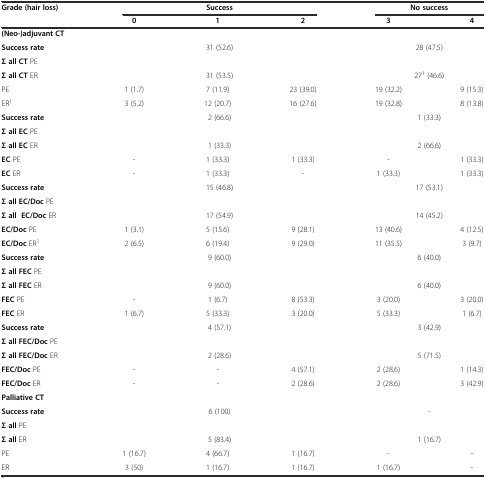
<table><thead><tr><td><b>Grade (hair loss)</b></td><td colspan="3"><b>Success</b></td><td colspan="2"><b>No success</b></td></tr><tr><td></td><td><b>0</b></td><td><b>1</b></td><td><b>2</b></td><td><b>3</b></td><td><b>4</b></td></tr></thead><tbody><tr><td><b>(Neo-)adjuvant CT</b></td><td colspan="3"></td><td colspan="2"></td></tr><tr><td><b>Success rate</b></td><td rowspan="2" colspan="3">31 (52.6)</td><td rowspan="2" colspan="2">28 (47.5)</td></tr><tr><td><b>Σ all CT</b> PE</td></tr><tr><td><b>Σ all CT</b> ER</td><td colspan="3">31 (53.5)</td><td colspan="2">27<sup>1</sup> (46.6)</td></tr><tr><td>PE</td><td>1 (1.7)</td><td>7 (11.9)</td><td>23 (39.0)</td><td>19 (32.2)</td><td>9 (15.3)</td></tr><tr><td>ER<sup>1</sup></td><td>3 (5.2)</td><td>12 (20.7)</td><td>16 (27.6)</td><td>19 (32.8)</td><td>8 (13.8)</td></tr><tr><td><b>Success rate</b></td><td rowspan="2" colspan="3">2 (66.6)</td><td rowspan="2" colspan="2">1 (33.3)</td></tr><tr><td><b>Σ all EC</b> PE</td></tr><tr><td><b>Σ all EC</b> ER</td><td colspan="3">1 (33.3)</td><td colspan="2">2 (66.6)</td></tr><tr><td><b>EC</b> PE</td><td>-</td><td>1 (33.3)</td><td>1 (33.3)</td><td>-</td><td>1 (33.3)</td></tr><tr><td><b>EC</b> ER</td><td>-</td><td>1 (33.3)</td><td>-</td><td>1 (33.3)</td><td>1 (33.3)</td></tr><tr><td><b>Success rate</b></td><td rowspan="2" colspan="3">15 (46.8)</td><td rowspan="2" colspan="2">17 (53.1)</td></tr><tr><td><b>Σ all EC/Doc</b> PE</td></tr><tr><td><b>Σ all EC/Doc</b> ER</td><td colspan="3">17 (54.9)</td><td colspan="2">14 (45.2)</td></tr><tr><td><b>EC/Doc</b> PE</td><td>1 (3.1)</td><td>5 (15.6)</td><td>9 (28.1)</td><td>13 (40.6)</td><td>4 (12.5)</td></tr><tr><td><b>EC/Doc</b> ER<sup>1</sup></td><td>2 (6.5)</td><td>6 (19.4)</td><td>9 (29.0)</td><td>11 (35.5)</td><td>3 (9.7)</td></tr><tr><td><b>Success rate</b></td><td rowspan="2" colspan="3">9 (60.0)</td><td rowspan="2" colspan="2">6 (40.0)</td></tr><tr><td><b>Σ all FEC</b> PE</td></tr><tr><td><b>Σ all FEC</b> ER</td><td colspan="3">9 (60.0)</td><td colspan="2">6 (40.0)</td></tr><tr><td><b>FEC</b> PE</td><td>-</td><td>1 (6.7)</td><td>8 (53.3)</td><td>3 (20.0)</td><td>3 (20.0)</td></tr><tr><td><b>FEC</b> ER</td><td>1 (6.7)</td><td>5 (33.3)</td><td>3 (20.0)</td><td>5 (33.3)</td><td>1 (6.7)</td></tr><tr><td><b>Success rate</b></td><td rowspan="2" colspan="3">4 (57.1)</td><td rowspan="2" colspan="2">3 (42.9)</td></tr><tr><td><b>Σ all FEC/Doc</b> PE</td></tr><tr><td><b>Σ all FEC/Doc</b> ER</td><td colspan="3">2 (28.6)</td><td colspan="2">5 (71.5)</td></tr><tr><td><b>FEC/Doc</b> PE</td><td>-</td><td>-</td><td>4 (57.1)</td><td>2 (28.6)</td><td>1 (14.3)</td></tr><tr><td><b>FEC/Doc</b> ER</td><td>-</td><td>-</td><td>2 (28.6)</td><td>2 (28.6)</td><td>3 (42.9)</td></tr><tr><td><b>Palliative CT</b></td><td colspan="3"></td><td colspan="2"></td></tr><tr><td><b>Success rate</b></td><td rowspan="2" colspan="3">6 (100)</td><td rowspan="2" colspan="2">-</td></tr><tr><td><b>Σ all</b> PE</td></tr><tr><td><b>Σ all</b> ER</td><td colspan="3">5 (83.4)</td><td colspan="2">1 (16.7)</td></tr><tr><td>PE</td><td>1 (16.7)</td><td>4 (66.7)</td><td>1 (16.7)</td><td>-</td><td>-</td></tr><tr><td>ER</td><td>3 (50)</td><td>1 (16.7)</td><td>1 (16.7)</td><td>1 (16.7)</td><td>-</td></tr></tbody></table>